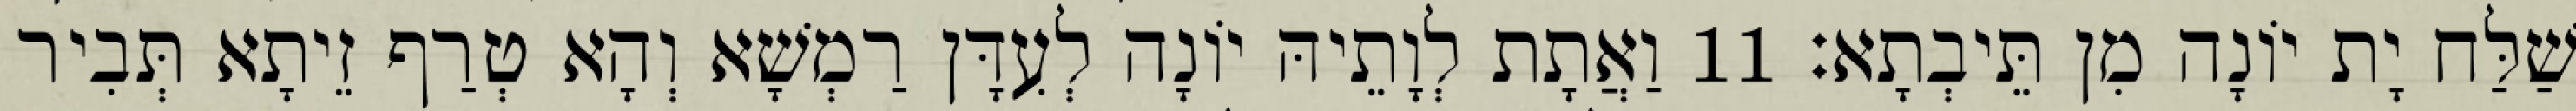
שַׁלַּח יָת יוֹנָה מִן תֵּיבְתָא׃ 11 וַאֲתָת לְוָתֵיהּ יוֹנָה לְעִדָּן רַמְשָׁא וְהָא טְרַף זֵיתָא תְּבִיר